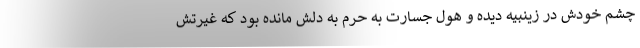
چشم خودش در زینبیه دیده و هول جسارت به حرم به دلش مانده بود که غیرتش